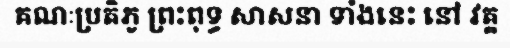
គណៈប្រតិភូ ព្រះពុទ្ធ សាសនា ទាំងនេះ នៅ វត្ត